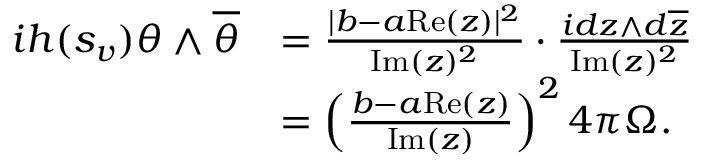
\begin{array} { r l } { i h ( s _ { v } ) \theta \wedge \overline { { \theta } } } & { = \frac { | b - a \mathrm { R e } ( z ) | ^ { 2 } } { \mathrm { I m } ( z ) ^ { 2 } } \cdot \frac { i d z \wedge d \overline { { z } } } { \mathrm { I m } ( z ) ^ { 2 } } } \\ & { = \left( \frac { b - a \mathrm { R e } ( z ) } { \mathrm { I m } ( z ) } \right) ^ { 2 } 4 \pi \Omega . } \end{array}